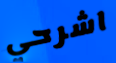
اشرحي